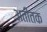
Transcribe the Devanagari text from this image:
अतीतक